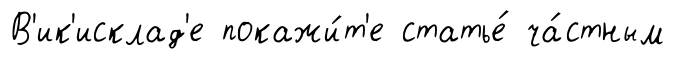
В'ик'исклад'е покажи́т'е статье́ ча́стным